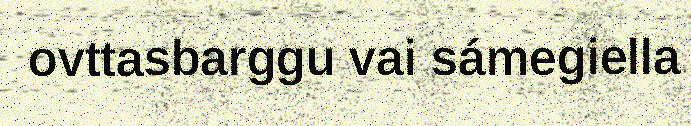
ovttasbarggu vai sámegiella